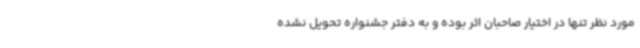
مورد نظر تنها در اختیار صاحبان اثر بوده و به دفتر جشنواره تحویل نشده